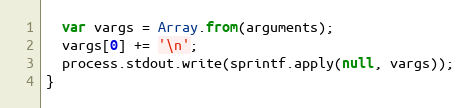
Language: JavaScript
  var vargs = Array.from(arguments);
  vargs[0] += '\n';
  process.stdout.write(sprintf.apply(null, vargs));
}